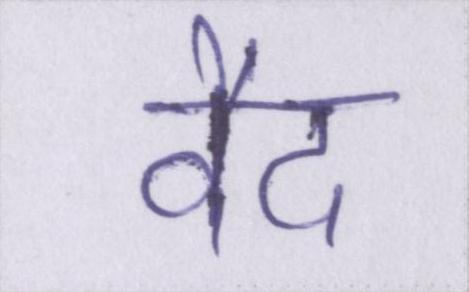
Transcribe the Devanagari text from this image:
वैद